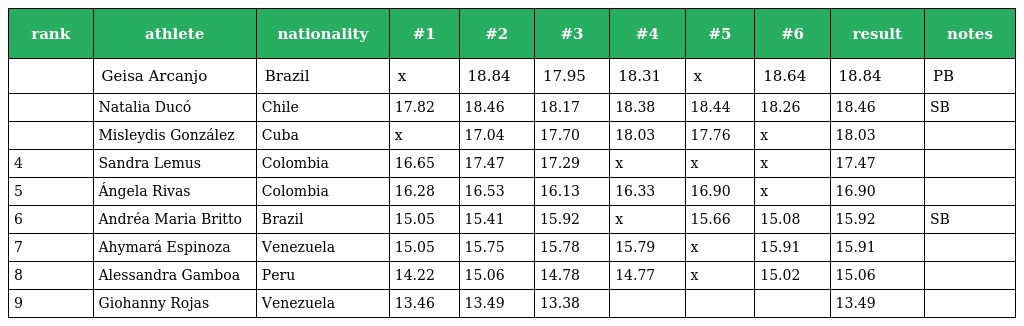
| rank | athlete | nationality | #1 | #2 | #3 | #4 | #5 | #6 | result | notes |
 | --- | --- | --- | --- | --- | --- | --- | --- | --- | --- | --- |
 |  | Geisa Arcanjo | Brazil | x | 18.84 | 17.95 | 18.31 | x | 18.64 | 18.84 | PB |
 |  | Natalia Ducó | Chile | 17.82 | 18.46 | 18.17 | 18.38 | 18.44 | 18.26 | 18.46 | SB |
 |  | Misleydis González | Cuba | x | 17.04 | 17.70 | 18.03 | 17.76 | x | 18.03 |  |
 | 4 | Sandra Lemus | Colombia | 16.65 | 17.47 | 17.29 | x | x | x | 17.47 |  |
 | 5 | Ángela Rivas | Colombia | 16.28 | 16.53 | 16.13 | 16.33 | 16.90 | x | 16.90 |  |
 | 6 | Andréa Maria Britto | Brazil | 15.05 | 15.41 | 15.92 | x | 15.66 | 15.08 | 15.92 | SB |
 | 7 | Ahymará Espinoza | Venezuela | 15.05 | 15.75 | 15.78 | 15.79 | x | 15.91 | 15.91 |  |
 | 8 | Alessandra Gamboa | Peru | 14.22 | 15.06 | 14.78 | 14.77 | x | 15.02 | 15.06 |  |
 | 9 | Giohanny Rojas | Venezuela | 13.46 | 13.49 | 13.38 |  |  |  | 13.49 |  |